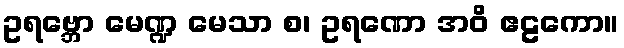
ဥရဗ္ဘော မေဏ္ဍ မေသာ စ၊ ဥရဏော အဝိ ဧဠကော။